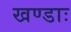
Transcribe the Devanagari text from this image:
खण्डाः